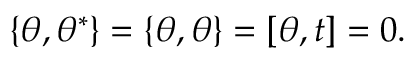
\{ \theta , \theta ^ { \ast } \} = \{ \theta , \theta \} = [ \theta , t ] = 0 .